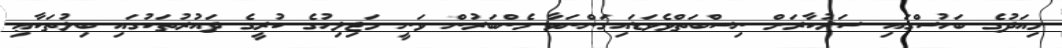
މިއަދުގެ ބަހުސްގައި ސަރުކާރަށް ނިސްބަތްވެވަޑައިގަންނަވާ މެންބަރުން ވަނީ މަޖިލިހުގެ ކުރީގެ ދައުރުތަކުގައި ބިލުތަކާޢި